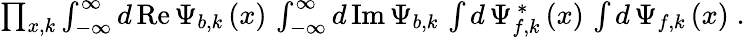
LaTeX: \begin{array}{r}{\prod_{x,k}\int_{-\infty}^{\infty}d\, \mathrm{Re}\, \Psi_{b,k}\left(x\right)\, \int_{-\infty}^{\infty}d\, \mathrm{Im}\, \Psi_{b,k}\, \int d\, \Psi_{f,k}^{\, \ast}\left(x\right)\, \int d\, \Psi_{f,k}\left(x\right)\; .}\end{array}